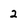
Character: 2